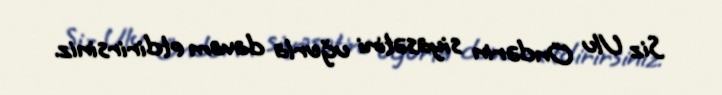
Siz Ulu Öndərin siyasətini uğurla davam etdirirsiniz.